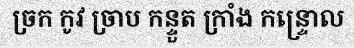
ច្រក កូវ ច្រាប កន្ទួត ក្រាំង កន្ទ្រោល